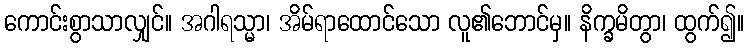
ကောင်းစွာသာလျှင်။ အဂါရသ္မာ၊ အိမ်ရာထောင်သော လူ၏ဘောင်မှ။ နိက္ခမိတွာ၊ ထွက်၍။